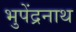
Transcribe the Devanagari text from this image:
भुपेंद्रनाथ